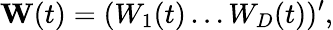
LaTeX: \mathbf{W}(t)=(W_{1}(t)\ldots W_{D}(t))^{\prime},